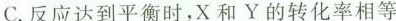
C.反应达到平衡时，X和Y的转化率相等